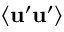
\langle \bf { u } ^ { \prime } \bf { u } ^ { \prime } \rangle